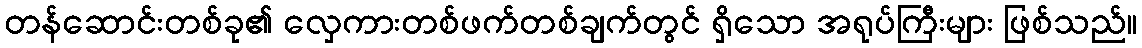
တန်ဆောင်းတစ်ခု၏ လှေကားတစ်ဖက်တစ်ချက်တွင် ရှိသော အရုပ်ကြီးများ ဖြစ်သည်။